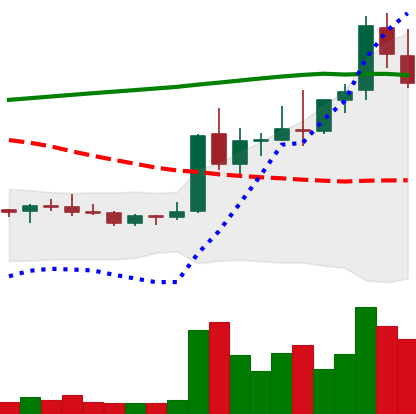
Ticker: DOGE-USD
Chart end date: 2021-08-17
Forward return: 5.183%
Label: up_5_7